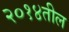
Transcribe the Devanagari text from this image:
२०१४तील